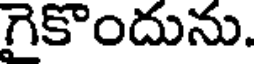
గైకొందును.